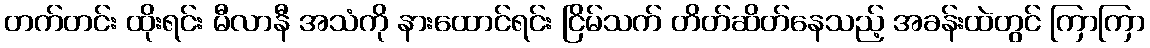
တက်တင်း ထိုးရင်း မီလာနီ အသံကို နားထောင်ရင်း ငြိမ်သက် တိတ်ဆိတ်နေသည့် အခန်းထဲတွင် ကြာကြာ